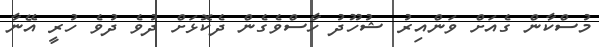
މުސްކާން ގެއަށް ވަންއިރު ޝުހޫދު ހާސްވެގެން ދެކޮޅަށް ދުވެ ދުވެ ހުރީ އޭނާ